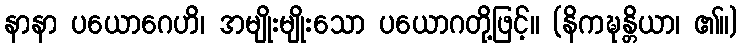
နာနာ ပယောဂေဟိ၊ အမျိုးမျိုးသော ပယောဂတို့ဖြင့်။ (နိကဍ္ဎန္တိယာ၊ ၏။)